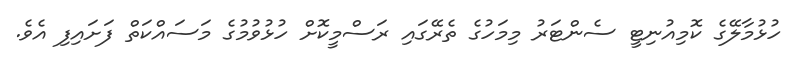
ހުޅުމާލޭގެ ކޮމިއުނިޓީ ސެންޓަރު މިމަހުގެ ތެރޭގައި ރަސްމީކޮށް ހުޅުވުމުގެ މަސައްކަތް ފަށައިފި އެވެ.